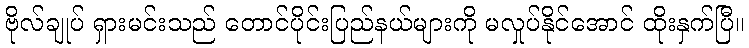
ဗိုလ်ချုပ် ရှားမင်းသည် တောင်ပိုင်းပြည်နယ်များကို မလှုပ်နိုင်အောင် ထိုးနှက်ပြီ။